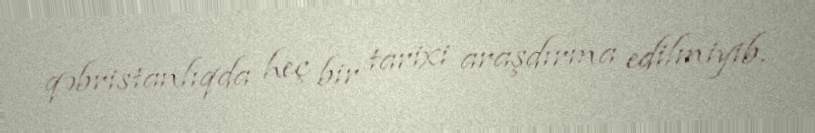
qəbristanlıqda heç bir tarixi araşdırma edilmiyib.